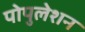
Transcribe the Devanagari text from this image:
पोपुलेशन